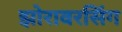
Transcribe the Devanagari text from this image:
झोरावरसिंग